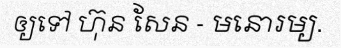
ឲ្យទៅ ហ៊ុន សែន - មនោរម្យ.